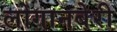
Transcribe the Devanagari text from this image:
लोगानबेरी